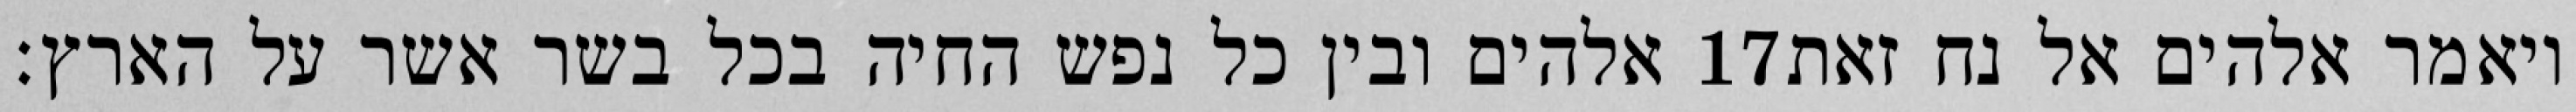
אלהים ובין כל נפש החיה בכל בשר אשר על הארץ׃ ‎17‏ ויאמר אלהים אל נח זאת